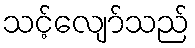
သင့်လျော်သည်